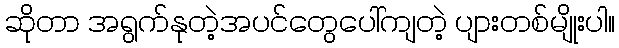
ဆိုတာ အရွက်နုတဲ့အပင်တွေပေါ်ကျတဲ့ ပျားတစ်မျိုးပါ။